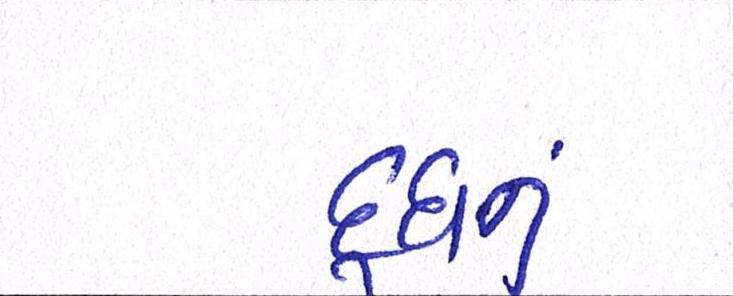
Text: દૂધનું